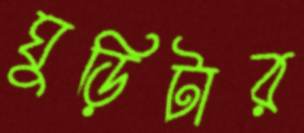
ঘুড়িটার